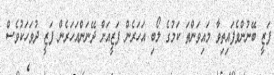
ފަޒީ ބޭނުންވެފައިތިވާ މައިވަންތަ ކަމުގެ ލޯބި އަހަރެން ފަޒީއަށް ދޭނަންއަހަރެން ފަޒީ ދުވަހަކުވެސް